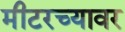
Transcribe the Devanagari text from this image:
मीटरच्यावर